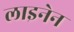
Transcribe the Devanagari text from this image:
लाइनेन